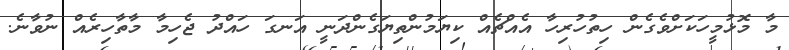
މާ މޮޅުމީހަކަށްވެގެން ހިތުހުރިހާ އެއްޗެއް ކިޔަމުންތިޔަގެންދަނީ އަނގަ ހައްދު ޖެހިމާ މާތާހިރެއް ނުވާނެ.